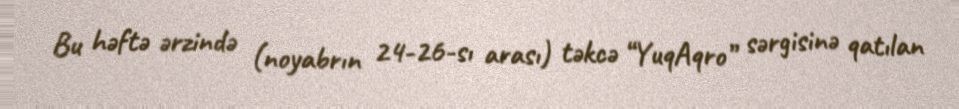
Bu həftə ərzində (noyabrın 24-26-sı arası) təkcə “YuqAqro” sərgisinə qatılan